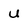
Character: U